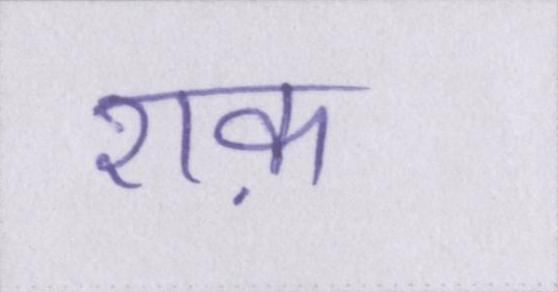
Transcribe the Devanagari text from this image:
शक़